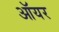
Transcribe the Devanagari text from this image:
ऑयर